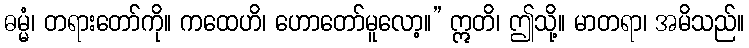
ဓမ္မံ၊ တရားတော်ကို။ ကထေဟိ၊ ဟောတော်မူလော့။” ဣတိ၊ ဤသို့။ မာတရာ၊ အမိသည်။